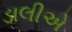
ડાલીએ